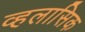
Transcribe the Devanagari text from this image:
व्हलासिक